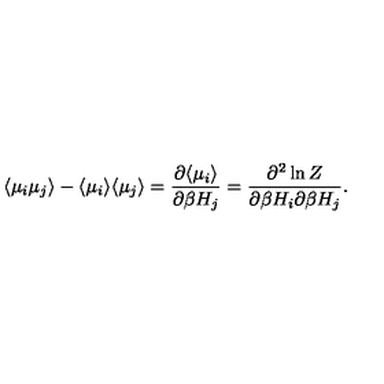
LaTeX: \langle \mu _ { i } \mu _ { j } \rangle - \langle \mu _ { i } \rangle \langle \mu _ { j } \rangle = \frac { \partial \langle \mu _ { i } \rangle } { \partial \beta H _ { j } } = \frac { \partial ^ { 2 } \ln Z } { \partial \beta H _ { i } \partial \beta H _ { j } } .